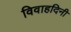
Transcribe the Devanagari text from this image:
विवाहदिनी